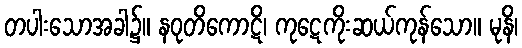
တပါးသောအခါ၌။ နဝုတိကောဋိ၊ ကုဋေကိုးဆယ်ကုန်သော။ မုနိ၊